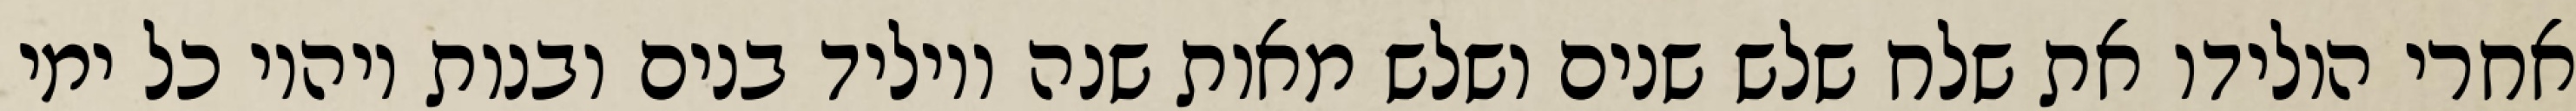
אחרי הולידו את שלח שלש שנים ושלש מאות שנה ויוליד בנים ובנות ויהיו כל ימי